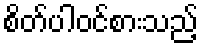
စိတ်ပါဝင်စားသည့်